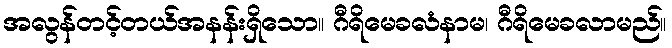
အလွန်တင့်တယ်အနန်းရှိသော။ ဂီရိမေခလံနာမ၊ ဂီရိမေခလာမည်။